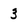
Character: 3